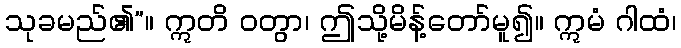
သုခမည်၏”။ ဣတိ ဝတွာ၊ ဤသို့မိန့်တော်မူ၍။ ဣမံ ဂါထံ၊